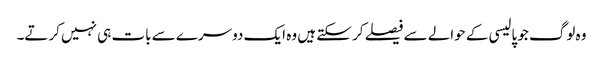
وہ لوگ جو پالیسی کے حوالے سے فیصلے کر سکتے ہیں وہ ایک دوسرے سے بات ہی نہیں کرتے۔